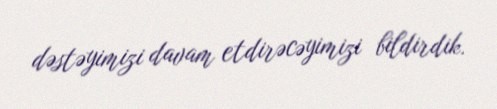
dəstəyimizi davam etdirəcəyimizi bildirdik.